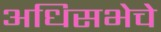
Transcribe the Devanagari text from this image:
अधिसभेचे